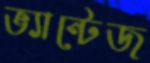
ভ্যান্টেজ